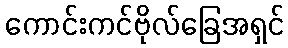
ကောင်းကင်ဗိုလ်ခြေအရှင်